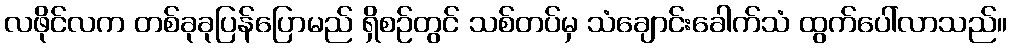
လဖိုင်လက တစ်ခုခုပြန်ပြောမည် ရှိစဉ်တွင် သစ်တပ်မှ သံချောင်းခေါက်သံ ထွက်ပေါ်လာသည်။